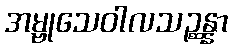
အမ္ဗုသေဝါလသဉ္ဆန္နာ